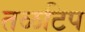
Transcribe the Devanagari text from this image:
तळटिप